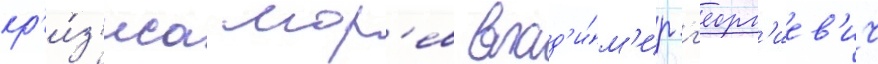
кр'и́з'иса мор'ев влад'и́м'ир г'еорг'иев'ич